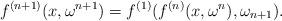
LaTeX: \begin{align*}f^{(n+1)}(x, \omega^{n+1})= f^{(1)}(f^{(n)}(x, \omega^n), \omega_{n+1}).\end{align*}